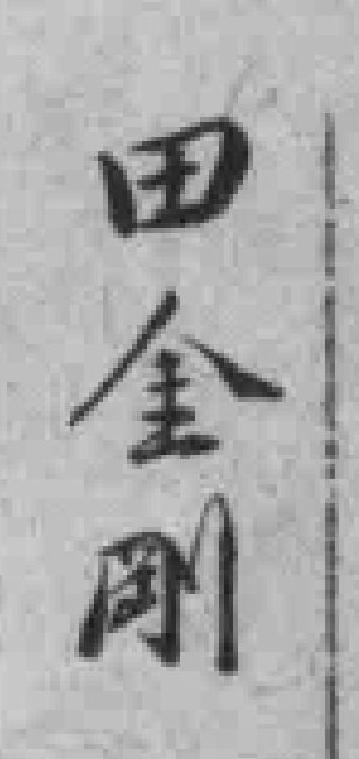
田金剛